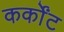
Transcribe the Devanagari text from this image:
कर्कोंट